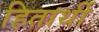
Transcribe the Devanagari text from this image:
हितार्थी